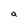
Character: a